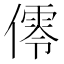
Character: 𠏡